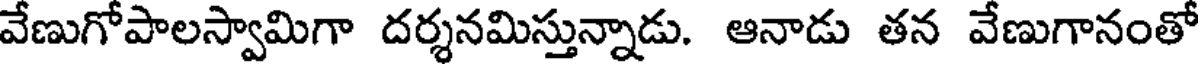
వేణుగోపాలస్వామిగా దర్శనమిస్తున్నాడు. ఆనాడు తన వేణుగానంతో